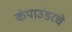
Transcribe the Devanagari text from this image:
कंपाउंडरचे